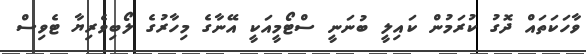
ވާހަކަތައް ދޮގު ކުރަމުން ކައިލީ ބުނަނީ ސްޓޯމީއަކީ އޭނާގެ މިހާރުގެ ލޯބިވެރިޔާ ޓެވިސް